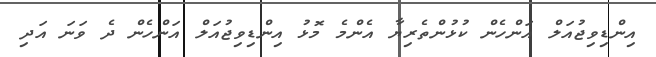
އިންޑިވިޖުއަލް އަންހެން ކުޅުންތެރިޔާ އެންމެ މޮޅު އިންޑިވިޖުއަލް އަންހެން ދެ ވަނަ އަދި